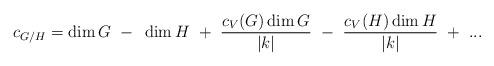
LaTeX: \begin{align*}c_{G/H}=\dim G~-~\dim H~+~{c_V(G)\dim G\over|k|}~-~{c_V(H)\dim H\over|k|}~+~...\end{align*}